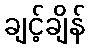
ချင့်ချိန်